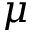
\mu